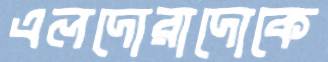
এলদোরাদোকে